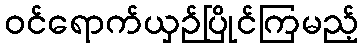
ဝင်ရောက်ယှဉ်ပြိုင်ကြမည့်